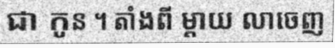
ជា កូន ។ តាំងពី ម្តាយ លាចេញ